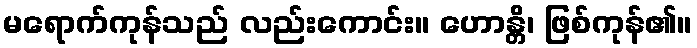
မရောက်ကုန်သည် လည်းကောင်း။ ဟောန္တိ၊ ဖြစ်ကုန်၏။